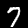
Digit: 7